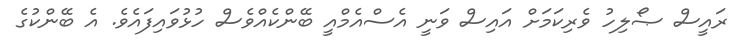
ރައީސް ޞޯލިހު ވެރިކަމަށް އައިސް ވަނީ އެސްއެމްއީ ބޭންކެއްވެސް ހުޅުވައިފައެވެ. އެ ބޭންކުގެ